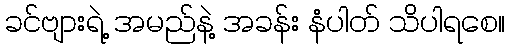
ခင်ဗျားရဲ့ အမည်နဲ့ အခန်း နံပါတ် သိပါရစေ။